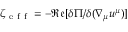
\zeta _ { \mathrm { ~ e ~ f ~ f ~ } } = - \mathfrak { R e } [ \delta \Pi / \delta ( \nabla _ { \mu } u ^ { \mu } ) ]